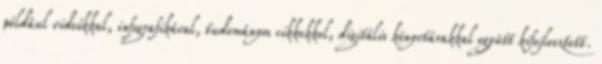
például videókkal, infografikával, tudományos cikkekkel, digitális könyvtárakkal együtt kifejlesztett.